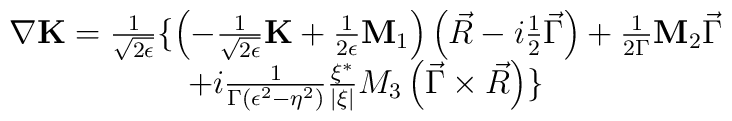
\begin{array}{c}\nabla {\bf K}=\frac 1{\sqrt{2\epsilon }}\{\left( -\frac 1{\sqrt{2\epsilon }}{\bf K}+\frac 1{2\epsilon }{\bf M}_1\right) \left( \vec R-i\frac 12\vec \Gamma\right) +\frac 1{2\Gamma }{\bf M}_2\vec \Gamma \\ +i\frac 1{\Gamma \left(\epsilon ^2-\eta ^2\right) }\frac{\xi ^{*}}{\left| \xi \right| }M_3\left(\vec \Gamma \times \vec R\right) \} \end{array}